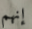
إنهم